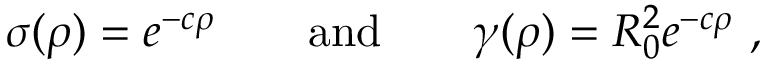
\sigma ( \rho ) = e ^ { - c \rho } \quad \quad \mathrm { a n d } \quad \quad \gamma ( \rho ) = R _ { 0 } ^ { 2 } e ^ { - c \rho } ~ ,